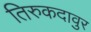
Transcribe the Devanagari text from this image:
तिरुकदावुर